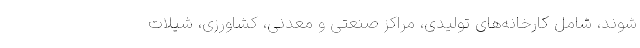
‌شوند، شامل کارخانه‌های تولیدی، مراکز صنعتی و معدنی، کشاورزی، شیلات